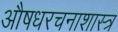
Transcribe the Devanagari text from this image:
औषधरचनाशास्त्र